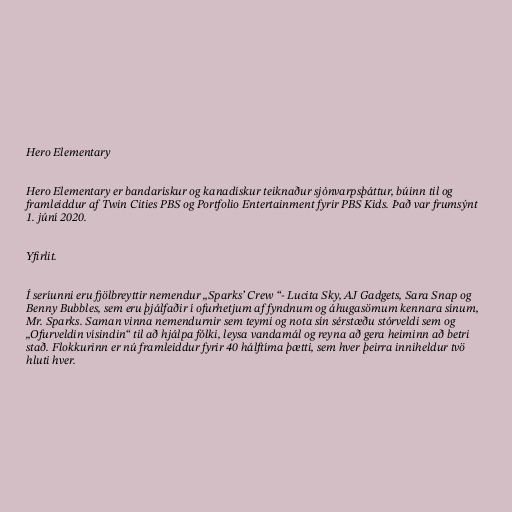
Hero Elementary

Hero Elementary er bandarískur og kanadískur teiknaður sjónvarpsþáttur, búinn til og
framleiddur af Twin Cities PBS og Portfolio Entertainment fyrir PBS Kids. Það var frumsýnt
1. júní 2020.

Yfirlit.

Í seríunni eru fjölbreyttir nemendur „Sparks’ Crew “- Lucita Sky, AJ Gadgets, Sara Snap og
Benny Bubbles, sem eru þjálfaðir í ofurhetjum af fyndnum og áhugasömum kennara sínum,
Mr. Sparks. Saman vinna nemendurnir sem teymi og nota sín sérstæðu stórveldi sem og
„Ofurveldin vísindin“ til að hjálpa fólki, leysa vandamál og reyna að gera heiminn að betri
stað. Flokkurinn er nú framleiddur fyrir 40 hálftíma þætti, sem hver þeirra inniheldur tvö
hluti hver.